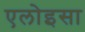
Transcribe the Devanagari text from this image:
एलोइसा